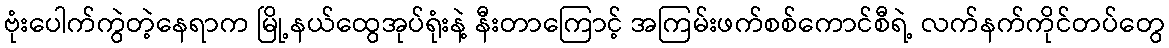
ဗုံးပေါက်ကွဲတဲ့နေရာက မြို့နယ်ထွေအုပ်ရုံးနဲ့ နီးတာကြောင့် အကြမ်းဖက်စစ်ကောင်စီရဲ့ လက်နက်ကိုင်တပ်တွေ